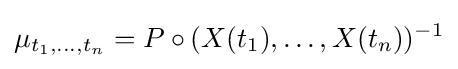
\mu _{t_{1},\dots ,t_{n}}=P\circ (X({t_{1}}),\dots ,X({t_{n}}))^{-1}